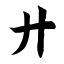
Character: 廾